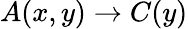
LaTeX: A(x,y)\rightarrow C(y)